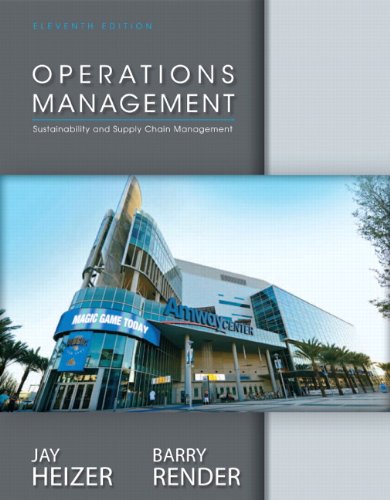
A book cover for Operations Management Plus NEW MyOmLab with Pearson eText -- Access Card Package (11th Edition); Jay Heizer; Business & Money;